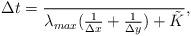
LaTeX: \begin{align*} \Delta t=\frac{}{ \lambda_{max}(\frac{1}{\Delta x}+\frac{1}{\Delta y})+\tilde{K} },\end{align*}